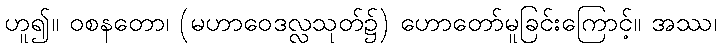
ဟူ၍။ ဝစနတော၊ (မဟာဝေဒလ္လသုတ်၌) ဟောတော်မူခြင်းကြောင့်။ အဿ၊